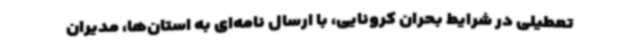
تعطیلی در شرایط بحران کرونایی، با ارسال نامه‌ای به استان‌ها، مدیران